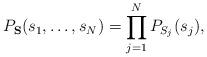
LaTeX: \begin{align*}P_{\mathbf{S}}(s_1,\ldots, s_N) = \prod_{j=1}^N P_{S_j}(s_j),\end{align*}